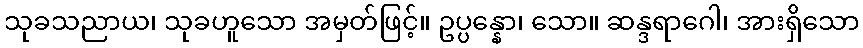
သုခသညာယ၊ သုခဟူသော အမှတ်ဖြင့်။ ဥပ္ပန္နော၊ သော။ ဆန္ဒရာဂေါ၊ အားရှိသော